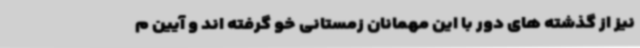
نیز از گذشته های دور با این مهمانان زمستانی خو گرفته اند و آیین م